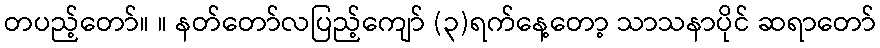
တပည့်တော်။ ။ နတ်တော်လပြည့်ကျော် (၃)ရက်နေ့တော့ သာသနာပိုင် ဆရာတော်